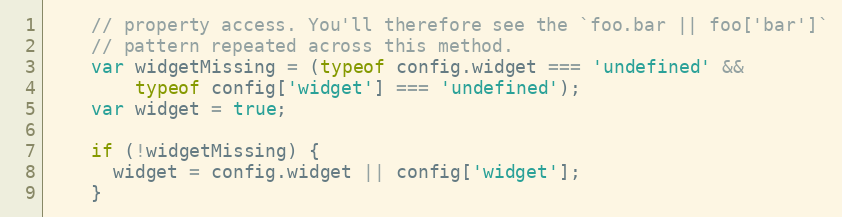
Language: JavaScript
    // property access. You'll therefore see the `foo.bar || foo['bar']`
    // pattern repeated across this method.
    var widgetMissing = (typeof config.widget === 'undefined' &&
        typeof config['widget'] === 'undefined');
    var widget = true;

    if (!widgetMissing) {
      widget = config.widget || config['widget'];
    }